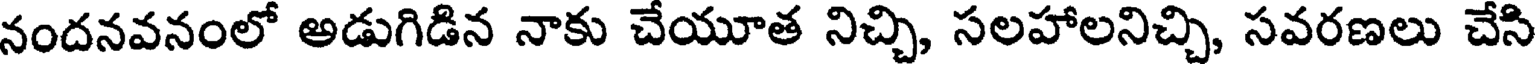
నందనవనంలో అడుగిడిన నాకు చేయూత నిచ్చి, సలహాలనిచ్చి, సవరణలు చేసి